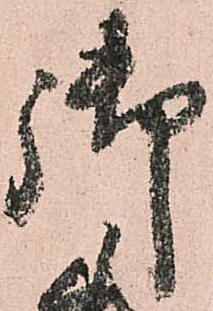
御